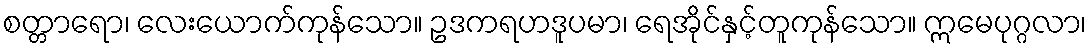
စတ္တာရော၊ လေးယောက်ကုန်သော။ ဥဒကရဟဒူပမာ၊ ရေအိုင်နှင့်တူကုန်သော။ ဣမေပုဂ္ဂလာ၊